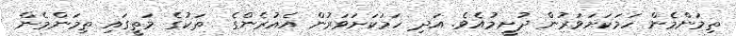
ތިމަންމެން ހަމަކަށަވަރުން ދުށީމުއެވެ. އަދި ހަމަކަށަވަރުން އެއުރެންގެ  ތަކުގެ މަތީގައި ތިމަންމެން